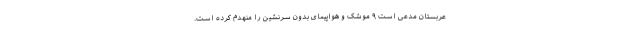
عربستان مدعی است ۹ موشک و هواپیمای بدون سرنشین را منهدم کرده است.